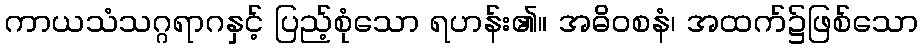
ကာယသံသဂ္ဂရာဂနှင့် ပြည့်စုံသော ရဟန်း၏။ အဓိဝစနံ၊ အထက်၌ဖြစ်သော